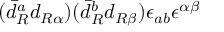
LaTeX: ( \bar { d } _ { R } ^ { a } d _ { R \alpha } ) ( \bar { d } _ { R } ^ { b } d _ { R \beta } ) \epsilon _ { a b } \epsilon ^ { \alpha \beta }